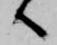
へ